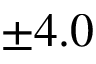
\pm 4 . 0